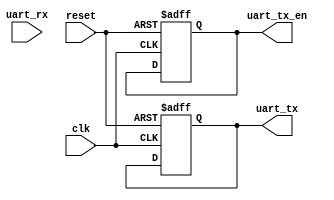
module uart_controller(
    input wire clk,               // System clock
    input wire reset,             // Reset signal
    input wire uart_rx,           // UART receive data
    output reg uart_tx,           // UART transmit data
    output reg uart_tx_en         // UART transmit enable
);
    
    // Baud rate clock generator
    reg [15:0] baud_rate_counter;
    reg baud_rate_clock;
    
    always @(posedge clk or posedge reset) begin
        if (reset) begin
            baud_rate_counter <= 16'h0000;
            baud_rate_clock <= 1'b0;
        end else begin
            if (baud_rate_counter == 16'h8000) begin
                baud_rate_counter <= 16'h0000;
                baud_rate_clock <= ~baud_rate_clock;
            end else begin
                baud_rate_counter <= baud_rate_counter + 1;
            end
        end
    end
    
    // Data sampling module
    
    reg [7:0] data_register;
    reg sample_clk;
    
    always @(posedge baud_rate_clock or posedge reset) begin
        if (reset) begin
            data_register <= 8'h00;
            sample_clk <= 1'b0;
        end else begin
            if (sample_clk) begin
                data_register <= {data_register[6:0], uart_rx};
            end
            sample_clk <= ~sample_clk;
        end
    end
    
    // Asynchronous FIFO buffer management
    
    wire [7:0] fifo_data_out;
    reg [7:0] fifo_data_in;
    reg wr_en, rd_en;
    reg [2:0] fifo_ptr;
    
    always @(posedge clk or posedge reset) begin
        if (reset) begin
            fifo_data_in <= 8'h00;
            wr_en <= 1'b0;
            rd_en <= 1'b0;
            fifo_ptr <= 3'b000;
        end else begin
            if (wr_en) begin
                fifo_data_in <= data_register;
                fifo_ptr <= fifo_ptr + 1;
            end
            if (rd_en) begin
                // Read data from FIFO buffer
            end
        end
    end
    
    // Overall control and coordination
    
    always @(posedge clk or posedge reset) begin
        if (reset) begin
            uart_tx <= 1'b0;
            uart_tx_en <= 1'b0;
        end else begin
            // Control and coordination logic
        end
    end
    
endmodule